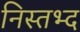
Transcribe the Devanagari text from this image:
निस्तभ्द